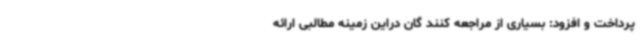
پرداخت و افزود: بسیاری از مراجعه کنند گان دراین زمینه مطالبی ارائه